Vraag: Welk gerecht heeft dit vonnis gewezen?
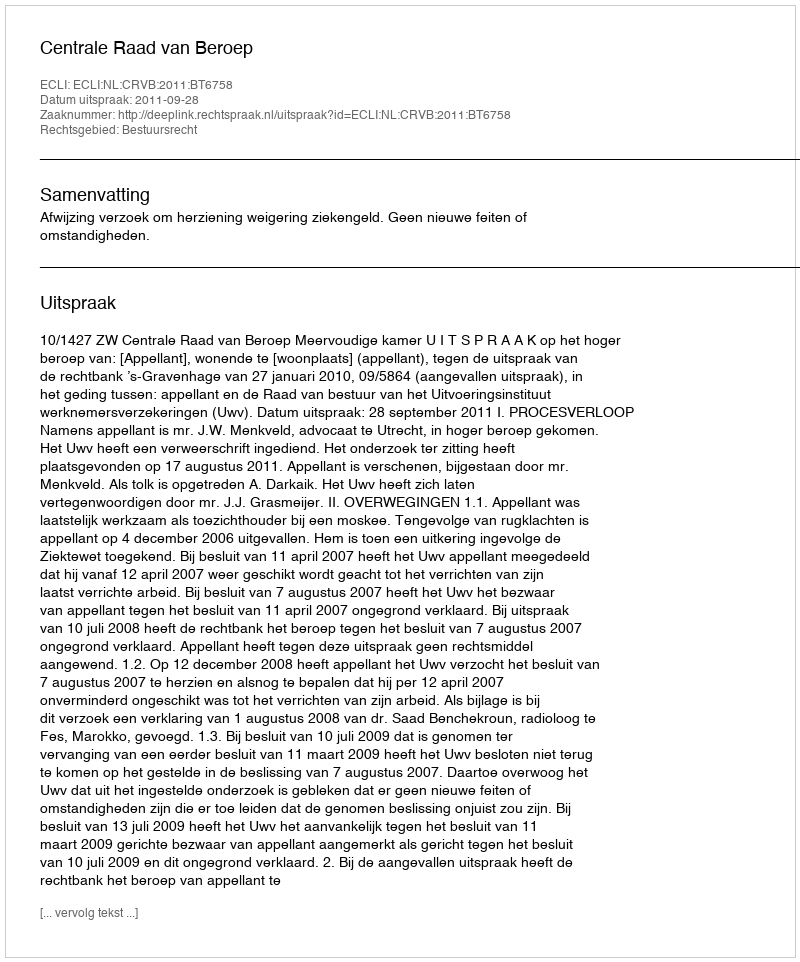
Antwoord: Centrale Raad van Beroep